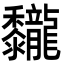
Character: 𪐖